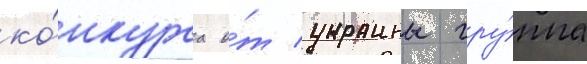
ко́нкурса о́т украины гру́ппа